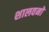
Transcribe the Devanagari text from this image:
शालवनो